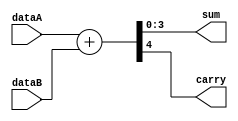
`timescale 1ns / 1ps
//////////////////////////////////////////////////////////////////////////////////
// Company: 
// Engineer: 
// 
// Design Name: 
// Module Name: adder
// Project Name: 
// Target Devices: 
// Tool Versions: 
// Description: 
// 
// Dependencies: 
// 
// Revision:
// Revision 0.01 - File Created
// Additional Comments:
// 
//////////////////////////////////////////////////////////////////////////////////


module adder(
input [3:0] dataA, dataB,
output [3:0] sum,
output carry);
wire [4:0] temp;
assign temp = dataA + dataB;
assign carry = temp[4];
assign sum = temp[3:0];
endmodule